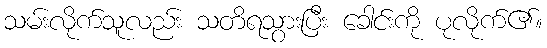
သမ်းလိုက်သူလည်း သတိရသွားပြီး ခေါင်းကို ပုလိုက်၏။